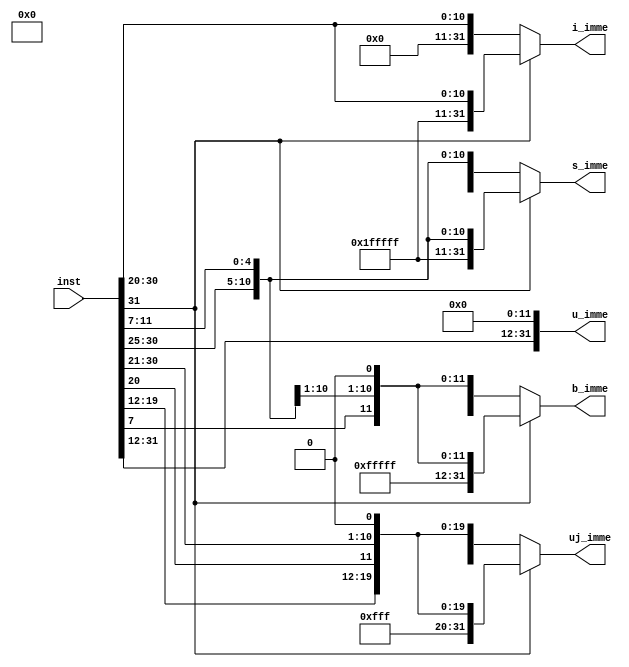
module immediate_generator(
    input wire [31:0] inst,
    output reg [31:0] s_imme,
    output reg [31:0] b_imme,
     output reg [31:0] u_imme,
    
    output reg [31:0] uj_imme,    
    output reg [31:0] i_imme
);

always @(*) begin
    case (inst[31])
        1'b1: begin
            s_imme = {20'b11111111111111111111, inst[31:25], inst[11:7]};
            i_imme = {20'b11111111111111111111, inst[31:20]};
                 u_imme ={inst[31:12], 12'b000000000000};

                 b_imme = {19'b1111111111111111111,inst[31],inst[7],inst[30:25],inst[11:8],1'b0};
                uj_imme = {11'b11111111111,inst[31],inst[19:12],inst[20],inst[30:21],1'b0};
        end
        default: begin
            s_imme = {20'b00000000000000000000, inst[31:25], inst[11:7]};
            i_imme = {20'b00000000000000000000, inst[31:20]};
                b_imme = {19'b0000000000000000000,inst[31],inst[7],inst[30:25],inst[11:8],1'b0};
                 u_imme ={inst[31:12], 12'b000000000000};

                uj_imme = {11'b00000000000,inst[31],inst[19:12],inst[20],inst[30:21],1'b0};
        end
    endcase
end

// always @(*) begin

//             i_imme = {{20{inst[31]}}, inst[31:20]};
//             s_imme = {{20{inst[31]}}, inst[31:25], inst[11:7]};
//            b_imme = {{19{inst[31]}},inst[31],inst[7],inst[30:25],inst[11:8],1'b0};
//           uj_imme = {{11{inst[31]}},inst[31],inst[19:12],inst[20],inst[30:21],1'b0};
//     end

endmodule